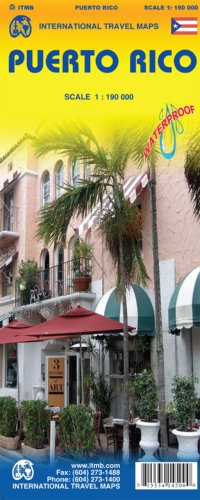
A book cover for Puerto Rico Travel Reference Map1:190,000 (International Travel Maps); Itmb; Travel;